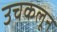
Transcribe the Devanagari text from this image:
उचकलून